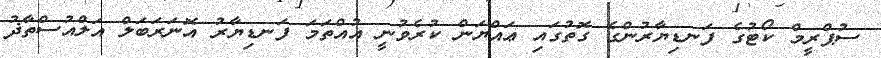
ސުޕްރީމް ކޯޓުގެ ފަނޑިޔާރުންގެ ގޮތުގައި ޢައްޔަން ކުރެވުނީ އުއްތަމަ ފަނޑިޔާރު އޮނަރަބަލް އަލްއުސްތާޛު